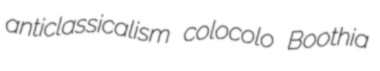
anticlassicalism colocolo Boothia